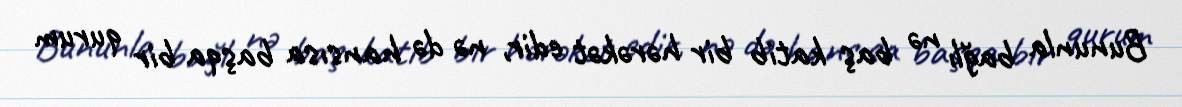
Bununla bağlı nə baş katib bir hərəkət edir, nə də hansısa başqa bir qurum